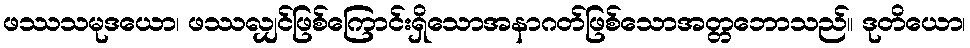
ဖဿသမုဒယော၊ ဖဿလျှင်ဖြစ်ကြောင်းရှိသောအနာဂတ်ဖြစ်သောအတ္တဘောသည်။ ဒုတိယော၊